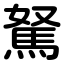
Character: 駑